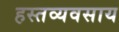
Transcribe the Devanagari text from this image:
हस्तव्यवसाय